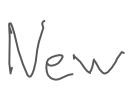
Text: New
Cross-out: clean
Writing tool: digital_gray